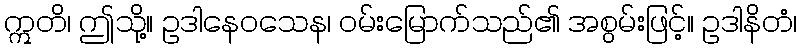
ဣတိ၊ ဤသို့။ ဥဒါနေဝသေန၊ ဝမ်းမြောက်သည်၏ အစွမ်းဖြင့်။ ဥဒါနိတံ၊